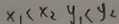
x _ { 1 } < x _ { 2 } y _ { 1 } < y _ { 2 }